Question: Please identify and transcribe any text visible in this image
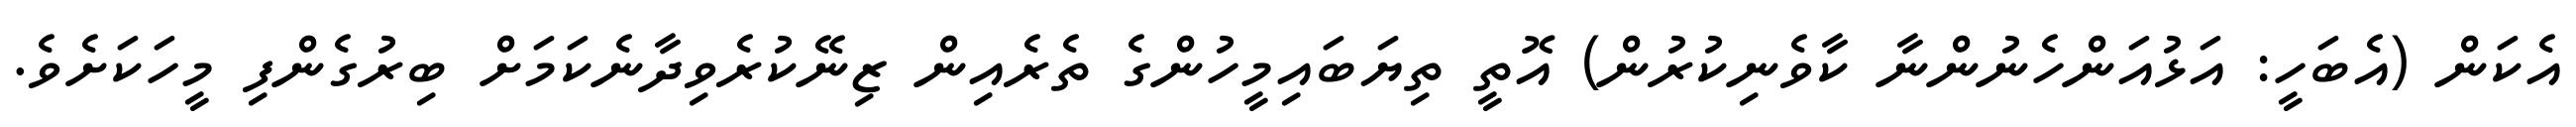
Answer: އެކަން (އެބަހީ: އަޅުއަންހެނުންނާ ކާވެނިކުރުން) އޮތީ ތިޔަބައިމީހުންގެ ތެރެއިން ޒިނޭކުރެވިދާނެކަމަށް ބިރުގެންފި މީހަކަށެވެ.